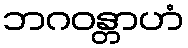
ဘဂဝန္တာဟံ